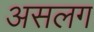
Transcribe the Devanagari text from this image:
असलग